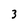
Character: 3